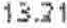
13.21